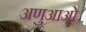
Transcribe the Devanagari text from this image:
अणुआओ